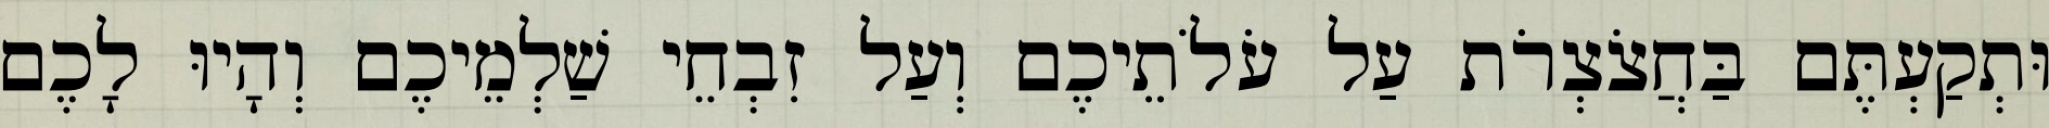
וּתְקַעְתֶּם בַּחֲצֹצְרֹת עַל עֹלֹתֵיכֶם וְעַל זִבְחֵי שַׁלְמֵיכֶם וְהָיוּ לָכֶם